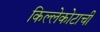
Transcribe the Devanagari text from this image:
किल्लेकोटाची